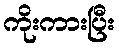
ကိုးကားပြီး